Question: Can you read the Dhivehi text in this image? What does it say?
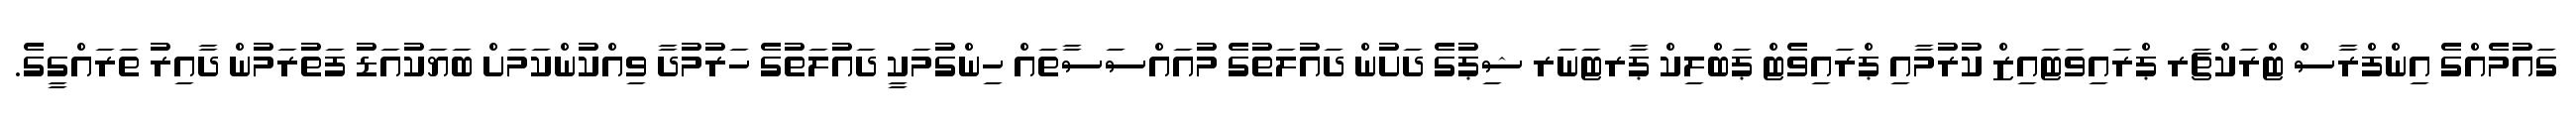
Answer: ގައުމެއްގެ އިންފްރާސް ޓްރަކްޗަރ ޕްރައިވަޓައިޒް ކުރުމާއި ޕްރައިވެޓް ޕަބްލިކް ޕާރޓަނަރ ޝިޕުގެ ދަށުން ދައުލަތުގެ މުއައްސަސާތައް ހިންގުމަކީ ދައުލަތުގެ ހަރުމުދާ ވިއްކުންކަމަށް ބަޔަކުއަޑު ފަތުރަމުން ދާއިރު ތަރައްގީގެ.